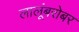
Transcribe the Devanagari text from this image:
लालूंबरोबर